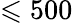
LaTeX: \leqslant 500